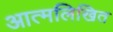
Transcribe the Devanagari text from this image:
आत्मलिखित